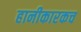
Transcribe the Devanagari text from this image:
हानीकारकच